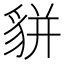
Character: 𧳉